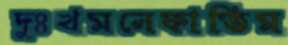
দুঃখমনেফাতিম